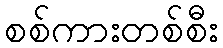
စစ်ကားတစ်စီး